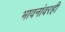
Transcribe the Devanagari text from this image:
भावनांवरही